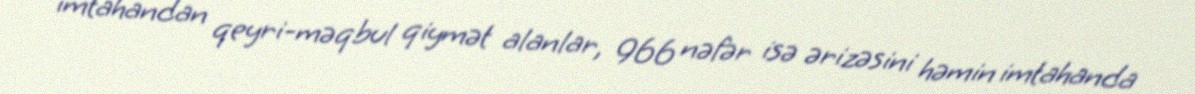
imtahandan qeyri-məqbul qiymət alanlar, 966 nəfər isə ərizəsini həmin imtahanda